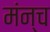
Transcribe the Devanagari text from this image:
मंन्च